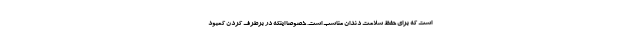
است که برای حفظ سلامت دندان مناسب است. خصوصا اینکه در برطرف کردن کمبود